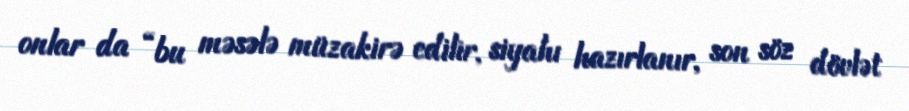
onlar da “bu məsələ müzakirə edilir, siyahı hazırlanır, son söz dövlət